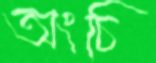
অংচি